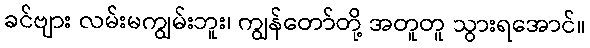
ခင်ဗျား လမ်းမကျွမ်းဘူး၊ ကျွန်တော်တို့ အတူတူ သွားရအောင်။